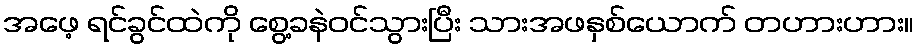
အဖေ့ ရင်ခွင်ထဲကို စွေ့ခနဲဝင်သွားပြီး သားအဖနှစ်ယောက် တဟားဟား။